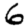
Digit: 6